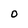
Character: O